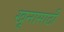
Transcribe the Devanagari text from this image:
खूनासाठी